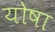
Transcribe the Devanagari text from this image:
योषा